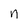
Character: n